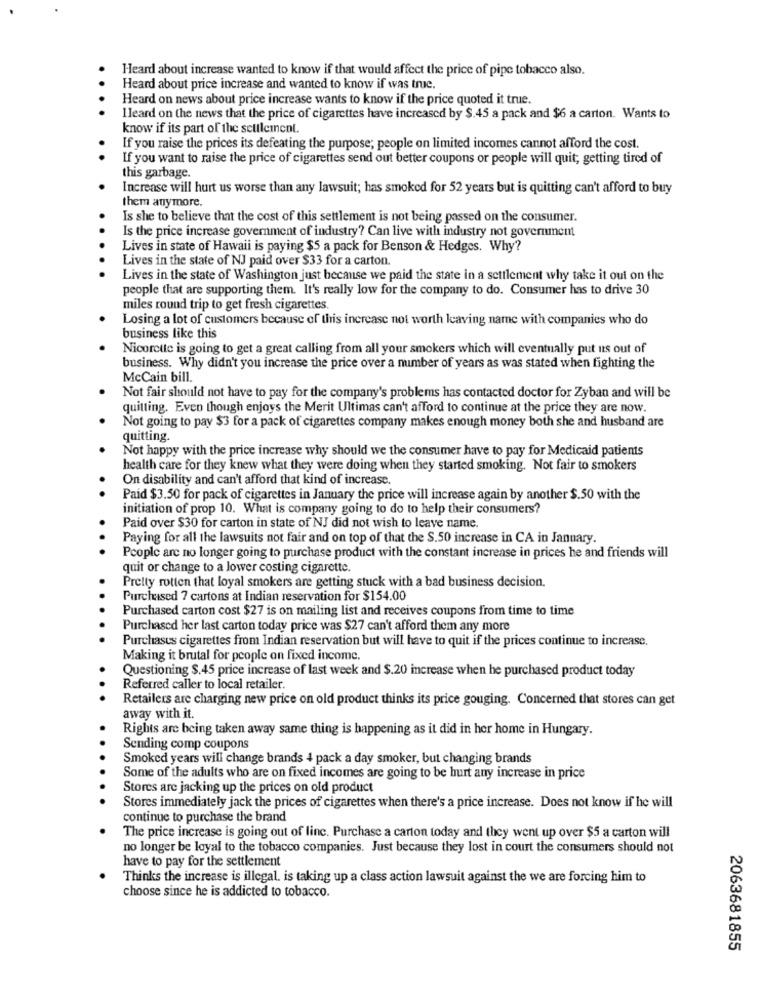
Heard about increase wanted to know if that would affect the price of pipe tobacco also.
Heard about price increase and wanted to know if was true.
Heard on news about price increase wants to know if the price quoted it true.
Ileard on the news that the price of cigarettes have increased by $.45 a pack and $6 a carton. Wants to
know if its part of the settlement.
If you raise the prices its defeating the purpose; people on limited incomes cannot afford the cost.
If you want to raise the price of cigarettes send out better coupons or people will quit; getting tired of
this garbage.
Increase will hurt us worse than any lawsuit; has smoked for 52 years but is quitting can't afford to buy
them anymore.
Is she to believe that the cost of this settlement is not being passed on the consumer.
Is the price increase government of industry? Can live with industry not government
Lives in state of Hawaii is paying $5 a pack for Benson & Hedges. Why?
Lives in the state of NJ paid over $33 for a carton.
Lives in the state of Washington just because we paid the state in a settlement why take it out on the
people that are supporting them. It's really low for the company to do. Consumer has to drive 30
miles round trip to get fresh cigarettes.
Losing a lot of customers because of this increase not worth leaving name with companies who do
business like this
Nicorette is going to get a great calling from all your smokers which will eventually put us out of
business. Why didn't you increase the price over a number of years as was stated when fighting the
McCain bill.
Not fair should not have to pay for the company's problems has contacted doctor for Zyban and will be
quitting. Even though enjoys the Merit Ultimas can't afford to continue at the price they are now.
Not going to pay $3 for a pack of cigarettes company makes enough money both she and husband are
quitting.
Not happy with the price increase why should we the consumer have to pay for Medicaid patients
health care for they knew what they were doing when they started smoking. Not fair to smokers
On disability and can't afford that kind of increase.
Paid $3.50 for pack of cigarettes in January the price will increase again by another $.50 with the
initiation of prop 10. What is company going to do to help their consumers?
Paid over $30 for carton in state of NJ did not wish to leave name.
Paying for all the lawsuits not fair and on top of that the S.50 increase in CA in January.
People are no longer going to purchase product with the constant increase in prices he and friends will
quit or change to a lower costing cigarette.
Pretty rotten that loyal smokers are getting stuck with a bad business decision.
Purchased 7 cartons at Indian reservation for $154.00
Purchased carton cost $27 is on mailing list and receives coupons from time to time
Purchased her last carton today price was $27 can't afford them any more
Purchases cigarettes from Indian reservation but will have to quit if the prices continue to increase.
Making it brutal for people on fixed income.
Questioning $.45 price increase of last week and $.20 increase when he purchased product today
Referred caller to local retailer.
Retailers are charging new price on old product thinks its price gouging. Concerned that stores can get
away with it.
Rights are being taken away same thing is happening as it did in her home in Hungary.
Sending comp coupons
Smoked years will change brands 4 pack a day smoker, but changing brands
Some of the adults who are on fixed incomes are going to be hurt any increase in price
Stores are jacking up the prices on old product
Stores immediately jack the prices of cigarettes when there's a price increase. Does not know if he will
continue to purchase the brand
The price increase is going out of line. Purchase a carton today and they went up over $5 a carton will
no longer be loyal to the tobacco companies. Just because they lost in court the consumers should not
have to pay for the settlement
Thinks the increase is illegal. is taking up a class action lawsuit against the we are forcing him to
choose since he is addicted to tobacco.
2063681855